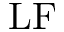
\mathrm { L F }